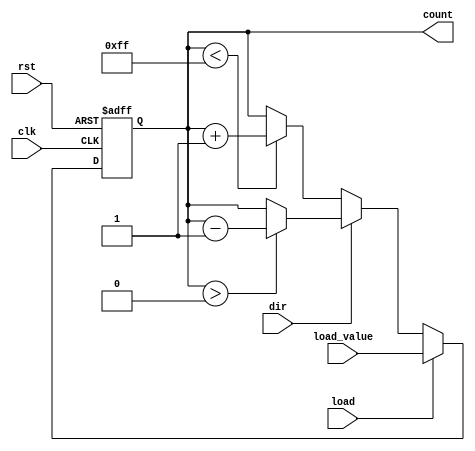
module synchronous_load_counter (
    input wire clk,               // Clock signal
    input wire rst,               // Asynchronous reset signal
    input wire load,              // Load control signal
    input wire [7:0] load_value,  // Load value (can be adjusted as needed)
    input wire dir,               // Direction control signal (0: up, 1: down)
    output reg [7:0] count        // Counter value output
);

    // Define maximum and minimum limits for an 8-bit counter
    parameter MAX_COUNT = 8'hFF; // 255
    parameter MIN_COUNT = 8'h00;  // 0

    // Counter operation
    always @(posedge clk or posedge rst) begin
        if (rst) begin
            count <= MIN_COUNT;  // Reset counter to 0
        end else if (load) begin
            count <= load_value;  // Load the specified value
        end else begin
            // Counting operation
            if (dir == 1'b0) begin
                // Count up
                if (count < MAX_COUNT) begin
                    count <= count + 1;
                end
            end else begin
                // Count down
                if (count > MIN_COUNT) begin
                    count <= count - 1;
                end
            end
        end
    end

endmodule